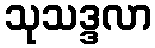
သုသဒ္ဒလာ